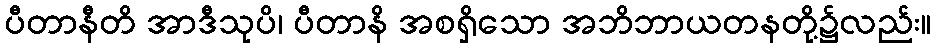
ပီတာနီတိ အာဒီသုပိ၊ ပီတာနိ အစရှိသော အဘိဘာယတနတို့၌လည်း။